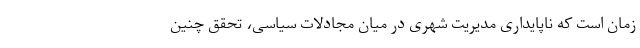
زمان است که ناپایداری مدیریت شهری در میان مجادلات سیاسی، تحقق چنین